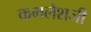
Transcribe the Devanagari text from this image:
कमलेशजी